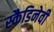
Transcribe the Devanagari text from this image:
स्कैडिनेवी